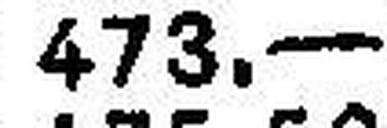
473.—